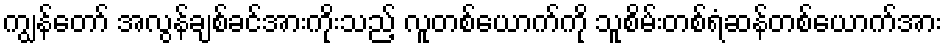
ကျွန်တော် အလွန်ချစ်ခင်အားကိုးသည့် လူတစ်ယောက်ကို သူစိမ်းတစ်ရံဆန်တစ်ယောက်အား